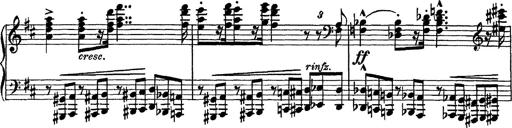
Title: Scherzo und Marsch
Composer: Franz Liszt